Vital statistics of India. Vol. V, Reports of 1876 on armies & jails and on epidemic cholera
Year: 1876
Disease focus: Cholera
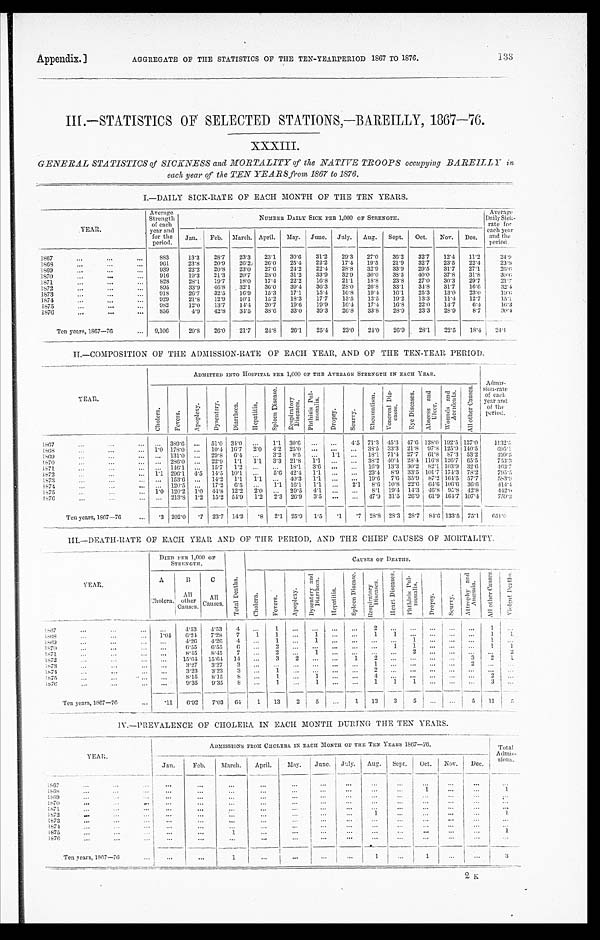
Appendix.]
AGGREGATE OF THE STATISTICS OF THE TEN-YEARPERIOD 1867 TO 1876.
133
III.—STATISTICS OF SELECTED STATIONS,—BAREILLY, 1867—76.
XXXIII.
GENERAL STATISTICS of SICKNESS and MORTALITY of the NATIVE TROOPS occupying BAREILLY in.
each year of the TEN YEARS from 1867 to 1876.
I. —DAILY SICK-RATE OF EACH MONTH OF THE TEN YEARS.
YEAR.
Average
Strength
of each
year and
for the
period.
NUMBER DAILY SICK PER 1,000 OF STRENGTH.
Average
Daily Sick-
rate for
each year
and the
period.
Jan.
Feb.
March. April.
May.
June.
July.
Aug.
Sept.
Oct.
Nov.
Dec.
1867 . . .
883
13.3
28.7
23.3
23.1
30.6
31.2
29.3
27.0
36.2
32.7
12.4
11.2
2 4 . 9
1868 . . .
961
23.8
20.9
26.2
26.0
25.4
22.2
17.4
19.5
21.9
32.7
23.5
22.4
2 3 . 9
1869 . . .
939
22.2
20.8
23.0
27.6
24.2
22.4
28.8
32.9
33.9
29.5
31.7
27.1
2 6 . 6
1870 . . .
916
19.3
21.3
20.7
28.0
31.2
33.9
32.9
30.0
38.5
40.0
37.8
31.8
3 0 . 6
1 8 7 1 . . .
828
28.1
19.7
18.0
17.4
22.2
16.8
21.1
18.8
23.8
27.0
30.3
29.7
21.7
1872 . . .
895
33.9
46.8
32.1
36.0
39.4
36.3
28.0
26.8
33.1
34.8
31.7
16.6
3 2 . 4
1873 . . .
918
26.7
32.5
16.9
15.3
17.1
15.4
16.8
19.4
16.1
25.3
13.0
23.0
1 9 . 6
1 8 7 4 . . .
929
21.8
12.9
10.1
15.2
18.3
17.7
13.5
13.5
19.2
13.3
11.4
12.7
1 5 . 1
1875 . . .
982
12.0
13.7
14.4
20.7
19.6
19.9
16.4
17.4
16.8
22.0
14.7
6.4
16.3
1876 . . .
856
4.9
42.8
34.5
38.6
33.0
39.3
26.8
33.8
28.9
23.3
28.9
8.7
30.4
Ten years, 1867—76 . . .
9,106
20.8
26.0
21.7
24.8
26.1
25.4
23.0
24.0
26.9
28.1
22.5
18.4
2 4 . 1
II.—COMPOSITION OF THE ADMISSION-RATE OF EACH YEAR, AND OF THE TEN-YEAR PERIOD.
YEAR.
ADMITTED INTO HOSPITAL PER 1,000 OF THE AVERAGE STRENGTH IN EACH YEAR.
Admis-
sion-rate
of each.
year and
o f t h e p e r i o d .
C h o l e r a .
F e v e r s .
A p o p l e x y .
D y s e n t e r y .
D i a r r h œ a .
H e p a t i t i s .
S p l e e n D i s e a s e .
Re s pi r a t or y Di s e a s e s .
P h t h i s i s P u l - mo n a l i s .
Dropsy.
S c u r v y .
R h e u m a t i s m . V e n e r e a l D i s - e a s e s .
E y e D i s e a s e s .
A b s c e s s a n d U l c e r .
Wounds a nd Ac c i de nt s .
A l l o t h e r C a u s e s .
1867 . . .
. . .
389.6
. . .
51.0 34.0
. . .
1.1
30.6
. . .
. . .
4.5 71.3 45.3
47.6 128.0 192.5 137.0
1132.5
1868 . . .
1.0 178.0.
. . .
10.4 16.7
2.0
4.2 25.0
. . .
. . .
. . .
38.5
33.3
21.8 97.8 125.9 140.5
6 9 5 . 1
1869 . . .
. . .
131.0
. . .
29.8
6 . 4
. . .
3.2
8 . 5
. . .
1.1
. . .
18.1
71.4 27.7 61.8 87.3 53.2
4 9 9 . 5
1870 . . .
. . .
286.0
. . .
22.9
1.1
1.1
3.3
21.8
1.1
. . .
. . .
38.2 40.4 28.4 116.8 126.7 65.5
753.3
1871 . . .
. . .
146.1
. . .
15.7
1.2
. . .
. . .
18.1
3.6
. . .
. . .
16.9
13.3 30.2 82.1 103.9 32.6
463.7
1872 . . .
1.1 296.1
4.5
14.5 10.1
. . .
5.6 42.4
1.1
. . .
. . .
23.4
8.9
33.5 101.7 174.3 78.2
795.5
1873 . . .
. . .
153.6
. . .
14.2
1.1
1.1
. . .
40.3
1.1
. . .
. . .
19.6
7.6 35.9
87.2 164.5 57.7
583.9
1874 . . .
. . .
120.5
. . .
17.2
6.5
. . .
1.1
16.1
1.1
. . .
2.1
8.6 10.8 22.6
64.6 106.6 36.6
414.4
1875 . . .
1.0 120.2
1.0
44.8
12.2
2.0
. . .
29.5
4.1
. . .
. . .
8.1
19.4 14.3
46.8
9 5 . 8 42.8
442.0
1876 . . .
. . .
213.8 1.2
15.2 54.9
1.2
2.3
26.9
3.5
. . .
. . .
47.9 31.5
26.9 61.9 164.7 107.4
759.3
Ten years, 1867—76 . . .
.3 202.0
.7
23.7
14.2
. 8 2.1
25.9
1.5
. 1
.7 28.8 28.3 28.7
84.6 133.5 75.1
651.0
III.—DEATH-RATE OF EACH YEAR AND OF THE PERIOD, AND THE CHIEF CAUSES OF MORTALITY.
Y E A R .
DIED PER 1,000 OF
STRENGTH.
CAUSES OF DEATHS.
A
C h o l e r a .
B
A l l
other
C a u s e s .
C
All C a u s e s .
T o t a l D e a t h s .
C h o l e r a .
F e v e r s .
A p o p l e x y .
D y s e n t e r y a n d D i a r r h œ a .
H e p a t i t i s .
S p l e e n D i s e a s e .
R e s p i r a t o r y D i s e a s e s .
H e a r t D i s e a s e s .
P h t h i s i s P u l - m o n a l i s .
D r o p s y .
S c u r v y .
At t r o p h y a n d An æ mi a .
A l l o t h e r C a u s e s .
V i o l e n t D e a t h s .
1 8 6 7 . . .
. . .
4.53
4.53
4
. . .
1
. . .
. . .
. . .
. . .
2
. . . . . .
. . .
. . .
. . .
1
. . .
1868. . .
1.04
6.24
7.28
7
1
1
. . .
1
. . .
. . .
1
1 . . .
. . .
. . . . . .
1
1
1869. . .
. . . 4.26
4.26
4
. . .
1 . . .
1
. . .
. . .
. . .
. . . 1
. . .
. . . . . .
1
. . .
1870. . .
. . .
6.55
6.55
6
. . .
2
. . .
. . .
. . .
. . .
. . .
1 1
. . .
. . . . . .
1
1
1871. . .
. . .
8.45
8.45
7
. . .
2
. . .
1
. . .
. . .
. . .
. . .
2
. . .
. . . . . .
. . .
2
1872
. . .
. . .
15.64
15.64
14
. . .
3
2
. . .
. . .
1
2
. . . . . .
. . .
. . . 3
2
1
1873
. . .
. . .
3.27
3.27
3
. . .
. . .
. . .
. . .
. . .
. . .
1
. . . . . .
. . .
. . . 2
. . .
. . .
1874
. . .
. . .
3.23
3.23
3
. . .
1
. . .
. . .
. . .
. . .
2
. . . . . .
. . .
. . . . . .
. . .
. . .
1875 . . .
. . .
8.15
8.15
8
. . .
1
. . .
1
. . .
. . .
4
. . . . . .
. . .
. . .
. . .
2
. . .
1876
. . .
. . .
9.35
9.35
8
. . .
1
. . .
1
. . .
. . .
1
1
1
. . .
. . .
. . .
3
. . .
Ten years, 1867—76
. . .
.11
6.92
7.03
64
1
13
2
5
. . .
1
13
3
5
. . . . . .
5
11
5
IV.—PREVALENCE OF CHOLERA IN EACH MONTH DURING TIIE TEN YEARS.
Y E A R .
ADMISSIONS FROM CHOLERA. IN EACH MONTH OF THE TEN YEARS 186
7 — 7 6 .
Total
Admis-
sions.
Jan.
Feb.
March.
April.
May.
June.
July.
Aug.
Sept.
Oct.
Nov.
Dec.
1 8 6 7 . . .
. . .
. . .
. . .
. . .
. . .
. . .
. . .
. . .
. . .
. . .
. . .
. . .
. . .
1868 . . .
. . .
. . .
. . .
. . .
. . .
. . .
. . .
. . .
. . .
1
. . .
. . .
1
1869 . . .
. . .
. . .
. . .
. . .
. . .
. . .
. . .
. . .
. . .
. . .
. . .
. . .
. . .
1 8 7 0 . . .
. . .
. . .
. . .
. . .
. . .
. . .
. . .
. . .
. . .
. . .
. . .
. . .
. . .
1871 . . .
. . .
. . .
. . .
. . .
. . .
. . .
. . .
. . .
. . .
. . .
. . .
. . .
. . .
1872 . . .
. . .
. . .
. . .
. . .
. . .
. . .
. . .
1
. . .
. . .
. . .
. . .
1
1873 . . .
. . .
. . .
. . .
. . .
. . .
. . .
. . .
. . .
. . .
. . . .
. . .
. . .
. . .
1874 . . .
. . .
. . .
. . .
. . .
. . .
. . .
. . .
. . .
. . .
. . .
. . .
. . .
. . .
1875 . . .
. . .
. . .
1
. . .
. . .
. . .
. . .
. . .
. . .
. . .
. . .
. . .
1
1876 . . .
. . .
. . .
. . .
. . .
. . .
. . .
. . .
. . .
. . .
. . .
. . .
. . .
. . .
Ten years, 1867—76 . . .
. . .
. . .
1
. . .
. . .
. . .
. . .
1
. . .
1
. . .
. . .
3
K